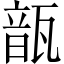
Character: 𩐛